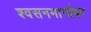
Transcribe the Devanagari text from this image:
श्वसनमार्गावर